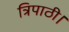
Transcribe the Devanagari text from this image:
त्रिपाठी।